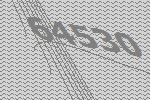
64530